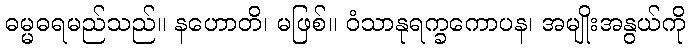
ဓမ္မဓရမည်သည်။ နဟောတိ၊ မဖြစ်။ ဝံသာနုရက္ခကောပန၊ အမျိုးအနွယ်ကို